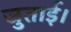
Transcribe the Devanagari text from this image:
जुताई।